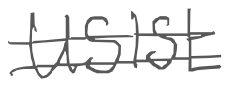
Text: USISL
Cross-out: double-line
Writing tool: digital_gray